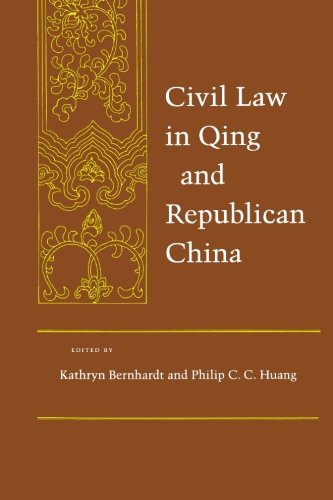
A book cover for Civil Law in Qing and Republican China (Law, Society, and Culture in China); Kathryn Bernhardt; Law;